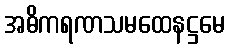
အဓိကရဏသမထေနဋ္ဌမေ